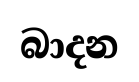
බාදන